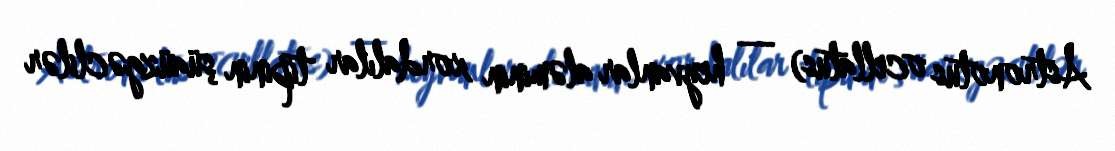
Astronotus ocellatus) — heyvanlar aləminin xordalılar tipinin şüaüzgəclilər